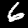
Label: 6